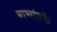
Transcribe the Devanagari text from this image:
चाच्यांतर्फे